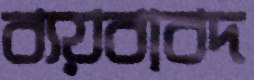
ব্যয়বাবদ